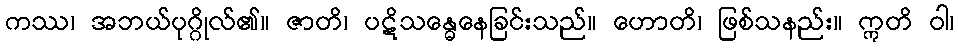
ကဿ၊ အဘယ်ပုဂ္ဂိုလ်၏။ ဇာတိ၊ ပဋိသန္ဓေနေခြင်းသည်။ ဟောတိ၊ ဖြစ်သနည်း။ ဣတိ ဝါ၊